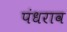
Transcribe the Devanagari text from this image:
पंधराव